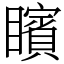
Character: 矉